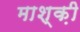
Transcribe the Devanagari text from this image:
माश्क़ी